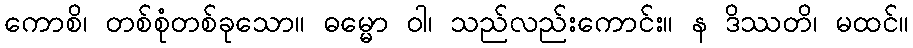
ကောစိ၊ တစ်စုံတစ်ခုသော။ ဓမ္မော ဝါ၊ သည်လည်းကောင်း။ န ဒိဿတိ၊ မထင်။